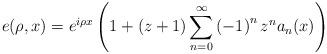
LaTeX: \begin{align*}e(\rho,x)=e^{i\rho x}\left( 1+\left( z+1\right) \sum_{n=0}^{\infty}\left(-1\right) ^{n}z^{n}a_{n}(x)\right) \end{align*}